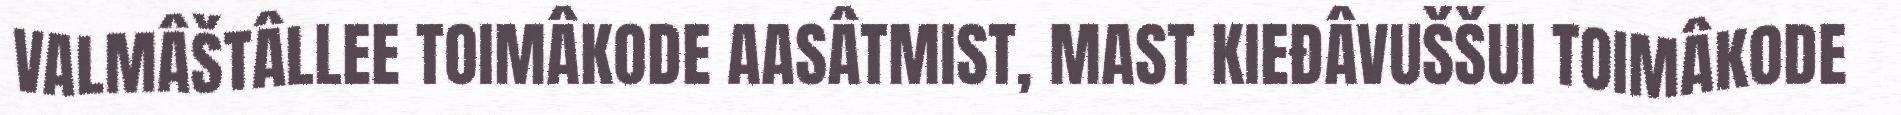
VALMÂŠTÂLLEE TOIMÂKODE AASÂTMIST, MAST KIEĐÂVUŠŠUI TOIMÂKODE